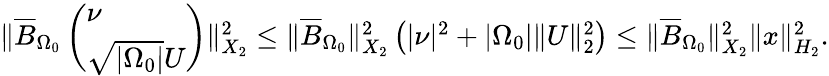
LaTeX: \begin{array}{r}{\| \overline{{B}}_{\Omega_{0}}\left(\begin{array}{l}{\nu}\\ {\sqrt{|{\Omega_{0}}|}U}\end{array}\right)\| _{X_{2}}^{2}\leq\| \overline{{B}}_{\Omega_{0}}\| _{X_{2}}^{2}\left(|\nu|^{2}+|{\Omega_{0}}|\| U\| _{2}^{2}\right)\leq\| \overline{{B}}_{\Omega_{0}}\| _{X_{2}}^{2}\| x\| _{H_{2}}^{2}.}\end{array}